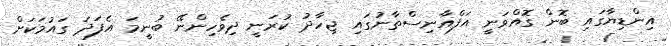
އިންޑިޔާގައި ބޮން ގޮއްވަނީ އަފްޣާނިސްތާނުގައި ޖިހާދު ކުރަނީ ދިވެހިންނޭ ބުނީމަ އެފަދަ ގައުމަކަށް